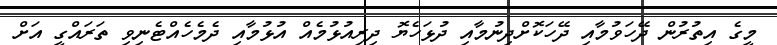
މީގެ އިތުރުން ދޭހަވުމާއި ދޭހަކޮށްދިނުމާއި ދުޅަހެޔޮ ދިރިއުޅުމެއް އުޅުމާއި ދެމެހެއްޓެނިވި ތަރައްގީ އަށް